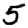
Digit: 5